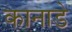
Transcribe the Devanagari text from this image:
कानाडे